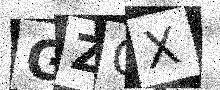
Text: GZOX